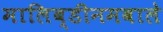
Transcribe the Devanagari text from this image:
मालिब्डीनमवाले